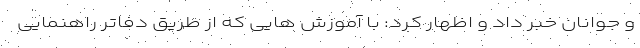
و جوانان خبر داد و اظهار کرد: با آموزش هایی که از طریق دفاتر راهنمایی